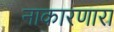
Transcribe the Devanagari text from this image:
नाकारणारा